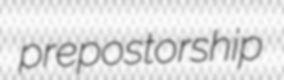
prepostorship